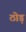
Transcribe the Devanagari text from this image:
ठोड़